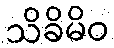
သိခိမိဝ